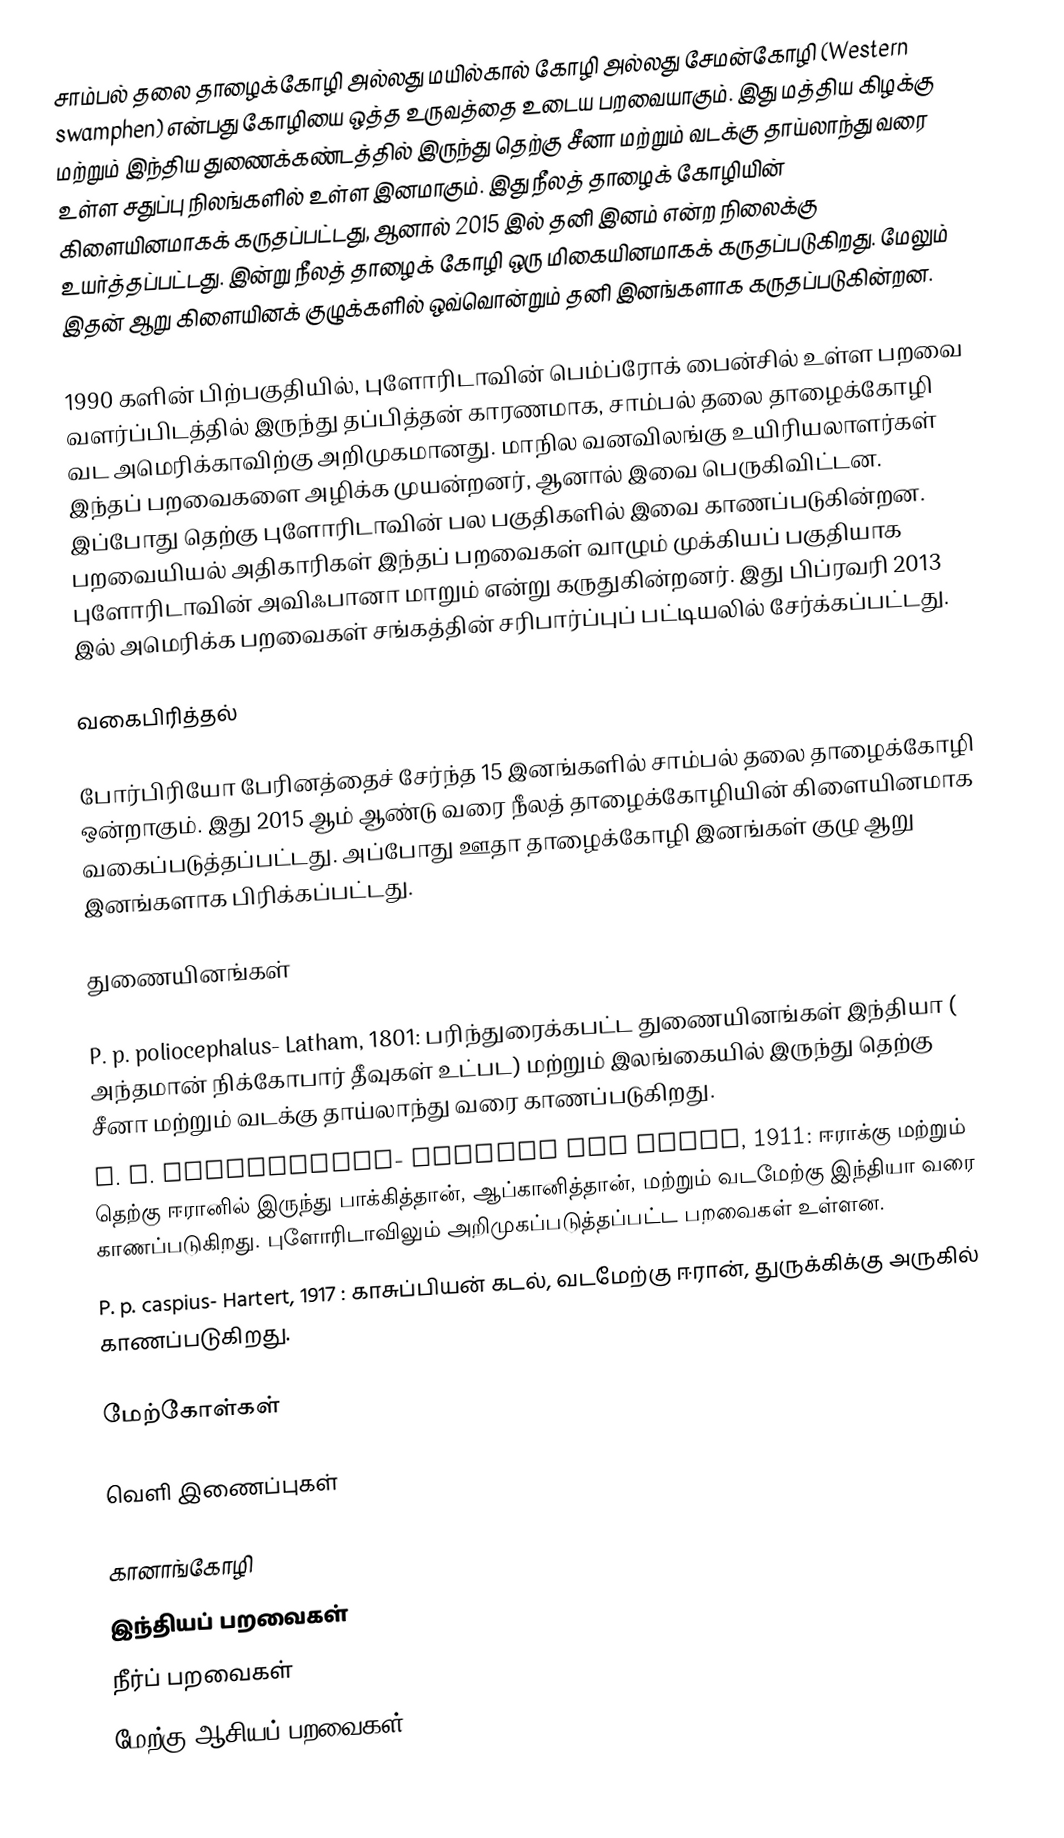
சாம்பல் தலை தாழைக்கோழி அல்லது மயில்கால் கோழி அல்லது சேமன்கோழி (Western swamphen) என்பது கோழியை ஒத்த உருவத்தை உடைய பறவையாகும். இது மத்திய கிழக்கு மற்றும் இந்திய துணைக்கண்டத்தில் இருந்து தெற்கு சீனா மற்றும் வடக்கு தாய்லாந்து வரை உள்ள சதுப்பு நிலங்களில் உள்ள இனமாகும். இது நீலத் தாழைக் கோழியின் கிளையினமாகக் கருதப்பட்டது, ஆனால் 2015 இல் தனி இனம் என்ற நிலைக்கு உயர்த்தப்பட்டது. இன்று நீலத் தாழைக் கோழி  ஒரு மிகையினமாகக் கருதப்படுகிறது. மேலும் இதன் ஆறு கிளையினக் குழுக்களில் ஒவ்வொன்றும் தனி இனங்களாக கருதப்படுகின்றன.

1990 களின் பிற்பகுதியில், புளோரிடாவின் பெம்ப்ரோக் பைன்சில் உள்ள பறவை வளர்ப்பிடத்தில் இருந்து தப்பித்தன் காரணமாக, சாம்பல் தலை தாழைக்கோழி வட அமெரிக்காவிற்கு அறிமுகமானது. மாநில வனவிலங்கு உயிரியலாளர்கள் இந்தப் பறவைகளை அழிக்க முயன்றனர், ஆனால் இவை பெருகிவிட்டன. இப்போது தெற்கு புளோரிடாவின் பல பகுதிகளில் இவை காணப்படுகின்றன. பறவையியல் அதிகாரிகள் இந்தப் பறவைகள் வாழும் முக்கியப் பகுதியாக புளோரிடாவின் அவிஃபானா மாறும் என்று கருதுகின்றனர். இது பிப்ரவரி 2013 இல் அமெரிக்க பறவைகள் சங்கத்தின் சரிபார்ப்புப் பட்டியலில் சேர்க்கப்பட்டது.

வகைபிரித்தல்

போர்பிரியோ பேரினத்தைச் சேர்ந்த 15 இனங்களில் சாம்பல் தலை தாழைக்கோழி ஒன்றாகும். இது 2015 ஆம் ஆண்டு வரை நீலத் தாழைக்கோழியின் கிளையினமாக வகைப்படுத்தப்பட்டது. அப்போது ஊதா தாழைக்கோழி இனங்கள் குழு ஆறு  இனங்களாக பிரிக்கப்பட்டது.

துணையினங்கள்

 P. p. poliocephalus- Latham, 1801: பரிந்துரைக்கபட்ட துணையினங்கள் இந்தியா ( அந்தமான் நிக்கோபார் தீவுகள் உட்பட) மற்றும் இலங்கையில் இருந்து தெற்கு சீனா மற்றும் வடக்கு தாய்லாந்து வரை காணப்படுகிறது.
 P. p. seistanicus- Zarudny and Härms, 1911: ஈராக்கு மற்றும் தெற்கு ஈரானில் இருந்து பாக்கித்தான், ஆப்கானித்தான், மற்றும் வடமேற்கு இந்தியா வரை காணப்படுகிறது. புளோரிடாவிலும் அறிமுகப்படுத்தப்பட்ட பறவைகள் உள்ளன.
 P. p. caspius- Hartert, 1917 : காசுப்பியன் கடல், வடமேற்கு ஈரான், துருக்கிக்கு அருகில் காணப்படுகிறது.

மேற்கோள்கள்

வெளி இணைப்புகள்

கானாங்கோழி
இந்தியப் பறவைகள்
நீர்ப் பறவைகள்
மேற்கு ஆசியப் பறவைகள்